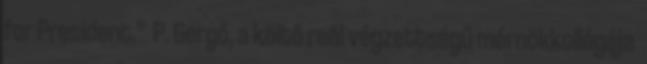
for President.” P. Gergő, a költő reál végzettségű mérnökkollégája